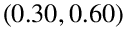
( 0 . 3 0 , 0 . 6 0 )